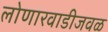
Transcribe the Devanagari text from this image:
लोणारवाडीजवळ